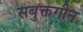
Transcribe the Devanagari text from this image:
सबुक्तगीन